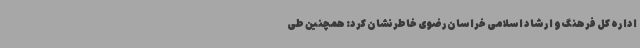
اداره کل فرهنگ و ارشاد اسلامی خراسان‌رضوی خاطرنشان کرد: همچنین طی